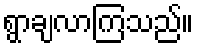
ရွာချလာကြသည်။